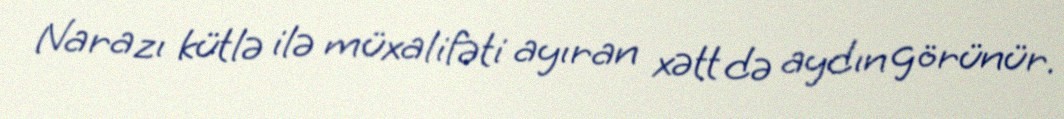
Narazı kütlə ilə müxalifəti ayıran xətt də aydın görünür.